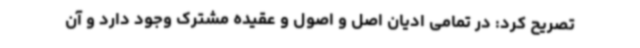
تصریح کرد: در تمامی ادیان اصل و اصول و عقیده مشترک وجود دارد و آن